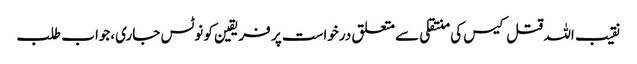
نقیب اللہ قتل کیس کی منتقلی سے متعلق درخواست پر فریقین کو نوٹس جاری،جواب طلب